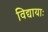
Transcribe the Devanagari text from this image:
विद्यायाः